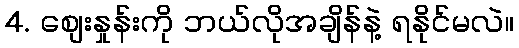
4. စျေးနှုန်းကို ဘယ်လိုအချိန်နဲ့ ရနိုင်မလဲ။